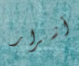
أشرار